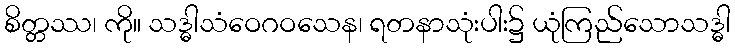
စိတ္တဿ၊ ကို။ သဒ္ဓါသံဝေဂဝသေန၊ ရတနာသုံးပါး၌ ယုံကြည်သောသဒ္ဓါ